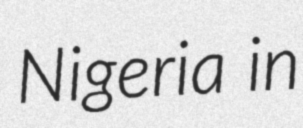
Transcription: Nigeria in